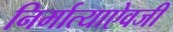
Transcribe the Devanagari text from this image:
निर्मात्याऐवजी